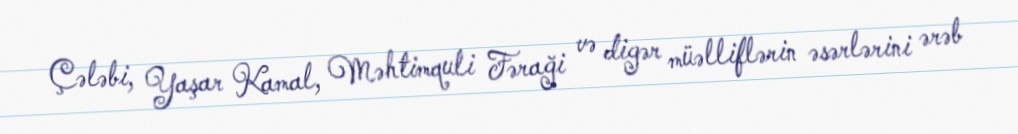
Çələbi, Yaşar Kamal, Məhtimquli Fəraği və digər müəlliflərin əsərlərini ərəb